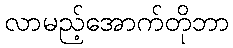
လာမည့်အောက်တိုဘာ